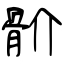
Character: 骱